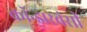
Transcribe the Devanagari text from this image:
कॉन्झरवंसी